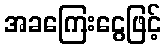
အခကြေးငွေဖြင့်